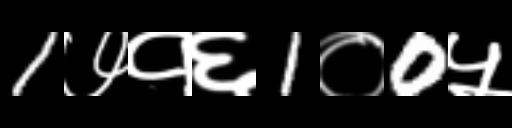
Text: 1७१६1०0५